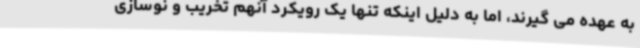
به عهده می گیرند، اما به دلیل اینکه تنها یک رویکرد آنهم تخریب و نوسازی